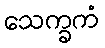
သေက္ခကံ